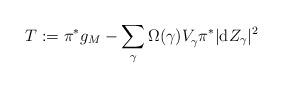
LaTeX: \begin{align*} T:=\pi^*g_{M}- \sum_{\gamma}\Omega(\gamma)V_{\gamma}^{}\pi^*|\mathrm{d}Z_{\gamma}|^2\end{align*}